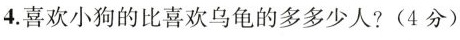
4.喜欢小狗的比喜欢乌龟的多多少人?(4分)